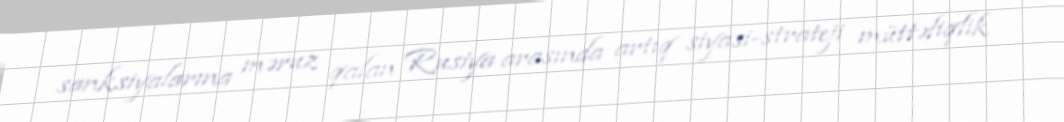
sanksiyalarına məruz qalan Rusiya arasında artıq siyasi-strateji müttəfiqlik